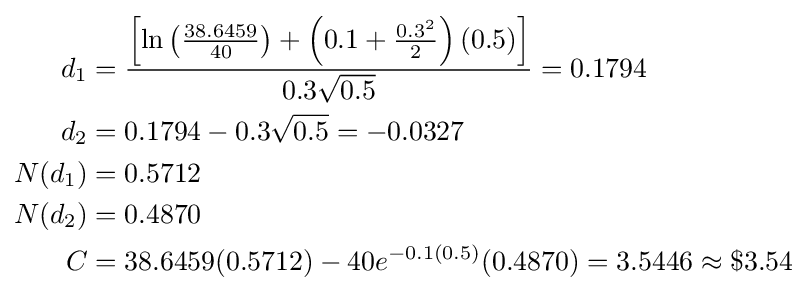
{\begin{aligned}d_{1}&={\frac {\left[\ln \left({\frac {38.6459}{40}}\right)+\left(0.1+{\frac {0.3^{2}}{2}}\right)(0.5)\right]}{0.3{\sqrt {0.5}}}}=0.1794\\d_{2}&=0.1794-0.3{\sqrt {0.5}}=-0.0327\\N(d_{1})&=0.5712\\N(d_{2})&=0.4870\\C&=38.6459(0.5712)-40e^{-0.1(0.5)}(0.4870)=3.5446\approx \$3.54\end{aligned}}